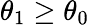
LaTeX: \theta_{1}\geq\theta_{0}